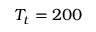
T _ { t } = 2 0 0